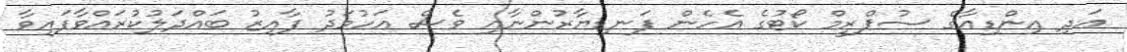
އަދި އިންޑިއާގެ ސުޕްރީމް ކޯޓުގެ އެހެން ފަނޑިޔާރުންނާއި ވެސް އަހުމަދު ފާއިޒު ބައްދަލުކުރައްވާފައިވާ